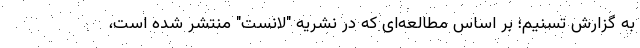
به گزارش تسنیم؛ بر اساس مطالعه‌ای که در نشریه "لانست" منتشر شده است،